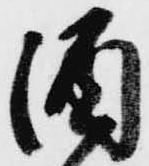
酒